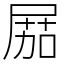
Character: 𡲢